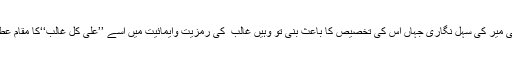
میر تقی میرؔ کی سہل نگاری جہاں اُس کی تخصیص کا باعث بنی تو وہیں غالب ؔ کی رمزیت وایمائیت میں اسے ’’علیٰ کل غالب‘‘کا مقام عطا کیا ۔